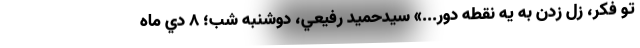
تو فكر، زل زدن به يه نقطه دور...» سيدحميد رفيعي، دوشنبه شب؛ 8 دي ماه